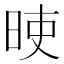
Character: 𣆘